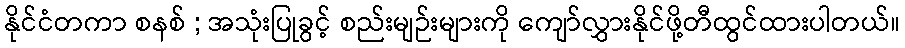
နိုင်ငံတကာ စနစ် ; အသုံးပြုခွင့် စည်းမျဉ်းများကို ကျော်လွှားနိုင်ဖို့တီထွင်ထားပါတယ်။